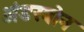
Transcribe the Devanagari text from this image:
अंडरबोन